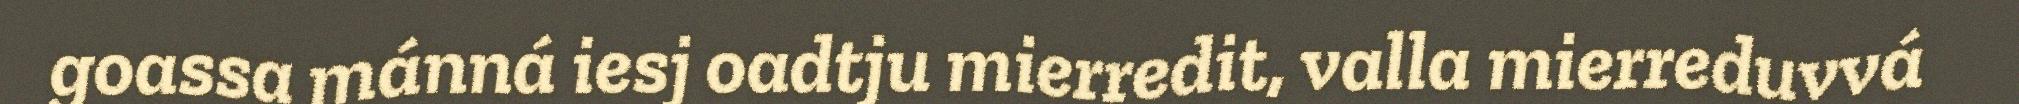
goassa mánná iesj oadtju mierredit, valla mierreduvvá